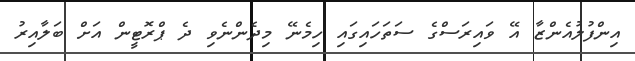
އިންފުލުއެންޒާ އޭ ވައިރަސްގެ ސަތަހައިގައި ހިމެނޭ މިދެންނެވި ދެ ޕްރޮޓީން އަށް ބަލާއިރު